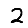
Digit: 2